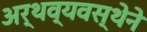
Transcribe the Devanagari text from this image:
अर्थव्यवस्थेने